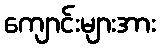
ကျောင်းများအား